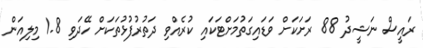
ރައީސް ނަޝީދު 88 ރަށަކަށް ވަޑައިގަތުމަށްޓަކައި ކުރެއްވި ދަތުރުފުޅުތަކަށް ހޭދަވި 1.8 މިލިއަން